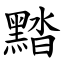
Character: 䵬